Vital statistics of India. Vol. V, Reports of 1876 on armies & jails and on epidemic cholera
Year: 1876
Disease focus: Cholera
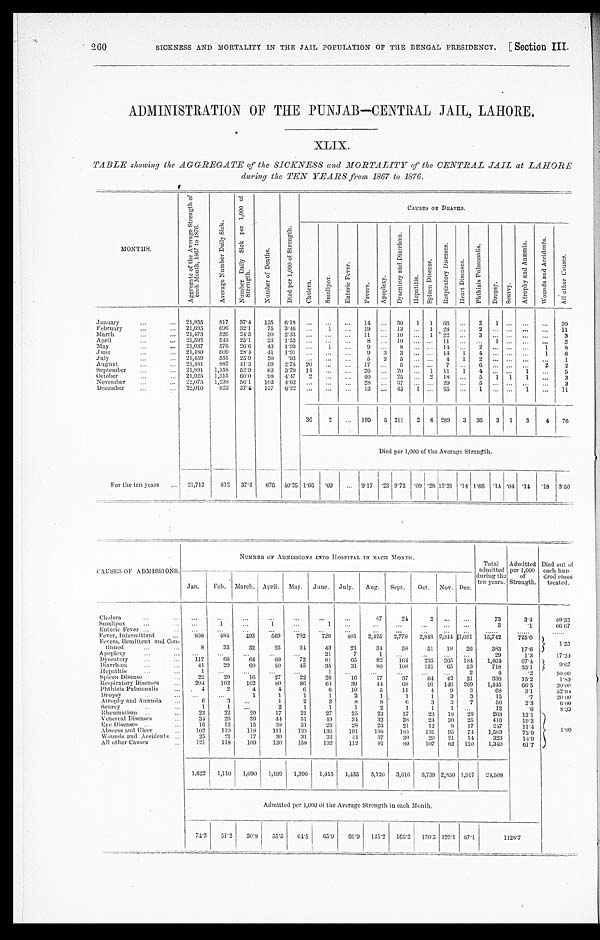
SICKNESS AND MORTALITY IN THE JAIL POPULATION OF THE ENGAL PRESIDENCY. [ Section III.
ADMINISTRATION OF THE PUNJAB—CENTRAL JAIL, LAHORE.
XLIX.
TABLE showing the AGGREGATE of the SICKNESS and MORTALITY of the CENTRAL JAIL at LAHORE
during the TEN YEARS from, 1867 to 1876.
MONTHS.
A g g r e g a t e o f t h e A v e r a g e S t r e n g t h o f
e a c h M o n t h , 1 8 6 7 t o 1 8 7 6 .
A v e r a g e N u m b e r D a i l y S i c k .
N u m b e r D a i l y S i c k p e r 1 , 0 0 0 o f
S t r e n g t h .
N u m b e r o f D e a t h s .
D i e d p e r 1 , 0 0 0 o f S t r e n g t h .
C h o l e r a .
S m a l l p o x . E n t e r i c F e v e r .
F e v e r s .
Ap o p l e x y .
D y s e n t e r y a n d D i a r r h œ a .
H e p a t i t i s .
S p l e e n D i s e a s e .
R e s p i r a t o r y D i s e a s e s .
H e a t h D i s e a s e .
P h t h i s i s P u l m o n a l i s .
D r o p s y .
S c u r v y .
A t r o p h y a n d A n æ m i a . W o u n d s a n d A c c i d e n t s .
A l l o t h e r C a u s e s .
January
21,835 817 37.4 135 6.18
14
30 1 1 66
2 1
2 0
February
21,695 696 32. 1 75 3.46
1
19
1 3
1 28
2
11
March
21,473 526 24.5 50 2.33
11
10
1 22
3
3
April
21, 595 543 25.1 33 1.53
8
10
11
1
3
May
21,637 576 26.6 43 1.99
1
9
8
14
2
1 8
J u n e
21,480
6 0 9 28.4 41 1.91
9 3 3
14 1 4
1 6
July 21,459 555 25.9 20 .93
5 2 5
4 1 2
1
August
21, 481 887 41.3 59 2.75 20
1 7
5
7
6
2 2
September
21, 891 1,158 52.9 83 3.79 14
26
20
1 11 1 4
1
5
October
21,925 1,315 60.0
9 8 4.47 2
4 0
25
2 18
5 1 1 1
3
November
22,073 1,238 56. 1 102 4.62
28
3 7
29
5
3
December
22,010 823 37.4 137 6.22
13
45 1
65
1
1
11
36 2
199 5 211 2 6 289 3 36 3 1 3 4 76
Died per 1,000 of the Average Strength.
For t he t en years
21, 713 812 37.4 876 40.35 1.66.09
9 . 1 7 . 2 3 9 . 7 2 .09 . 2 8 13.31 .14 1.66 .14 .04 .14 . 1 8 3 . 5 0
CAUSES OF ADMISSIONS.
NUMBER OF ADMISSIONS INTO HOSPITAL IN EACH MONTH.
Total
admi tted
duri ng the
ten years.
Admitted per 1,000 of
Strength.
Died out of
each hun-
dred cases
treated.
Jan. Feb. March. April. May. June. July. Aug. Sept. Oct. Nov. Dec.
Cholera
4 7 24
2
73
3. 4
4 9 . 3 2
Smallpox
1
1
1
3
.1
6 6 . 6 7
Enteric Fever
Fever, Intermittent
808 484 493 569 702 729 801 2,405 2, 778 2,848 2,0441,081 15, 742 725. 0
Fevers, Remittent and Con-
tinued
8 33 32 25 34 43 21 34 58 51 18 26 383 17. 6
1.23
Apoplexy
21
7
1
29
1. 3
1 7 . 2 4
Dysentery
117 66 64
6 9 72 81 65 82 164 235 265 184 1,464 67. 4
9 . 6 7
Diarrhœa
41 29 60 50 45 35 31 80 108 121 65 53 718 33. 1
Hepatitis
1
1
2
4
.2
5 0 . 0 0
Spleen Disease
22 20 16 27 22 26 16 17 37
6 4 42 21 330 15. 2
1.82
Respiratory Diseases
294 162 102
8 0 86 64 39
4 4 68 91 146 269 1,445 66. 5
2 0 . 0 0
P h t h i s i s P u l m o n a l i s
4
2
4
4
6 6 10
5 11
4 9 3
68
3. 1
5 2 . 9 4
D r o p s y
1
1
1
1
2
1
1
1 3 3
15
.7
2 0 . 0 0
Atrophy and Anæmia 6
3
1
2
3
8
8
6
3 3 7
50
2. 3
6 . 0 0
Scurvy
1
1
2
1
1
1
2
1
1 1
12
.6
8 . 3 3
Rheumat i sm 22 22 20 17 21 27 25 23 17 23 18 28 263
12. 1
Venereal Diseases
34 26 39
4 4 51 49 34 32 28 24 30 25 416
19. 2
Eye Diseases
16 12 15 38 31 26 28 23 21 12 8 17 247
11. 4
Abscess and Ulcer
102 110 118 111 133 136 191 198 184 131 95 74 1,583 72. 9
1 . 9 9
Wounds and Accidents
25 21 17 30 31 33
4 4 37
3 0 20 21 14 323 14. 9
All other Causes
121 118 109 130 158 132 112 81 80 107 82 110 1, 340
61. 7
1, 622 1, 110 1,090 1,199 1,396 1,415 1, 435 3,120 3,616 3, 738 2,850 1, 917 24,508
Admitted per 1,000 of the Average Strength in each Month.
74.3 51.2 50.8 55.5
6 4 . 5 65.9
6 6 . 9 145.2 165.2 170.5 129.1 87.1
1 1 2 8 . 7